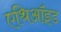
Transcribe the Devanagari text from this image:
एथिऑइड